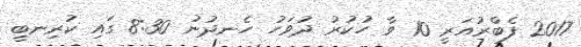
2017 ފެބްރުއަރީ 10 ވާ ހުކުރު ދުވަހު ހެނދުނު 8:30 ގައި ކުރިނބީ